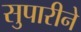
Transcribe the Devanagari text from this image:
सुपारीने